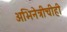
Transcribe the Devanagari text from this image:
अभिनेत्रीचीही